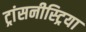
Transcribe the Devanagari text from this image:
ट्रांसनीस्ट्रिया